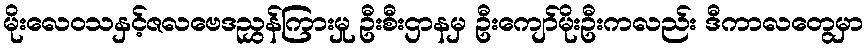
မိုးလေဝသနှင့်ဇလဗေဒညွှန်ကြားမှု ဦးစီးဌာနမှ ဦးကျော်မိုးဦးကလည်း ဒီကာလတွေမှာ